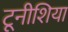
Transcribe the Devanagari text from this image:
टूनीशिया